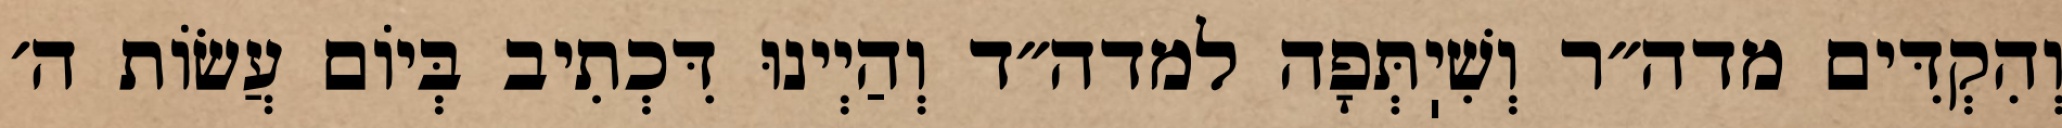
וְהִקְדִּים מדה״ר וְשִׁיֽתְּפָה למדה״ד וְהַיְינוּ דִּכְתִיב בְּיוֹם עֲשׂוֹת ה׳